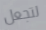
لتجعل